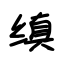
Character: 缜